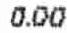
0.00